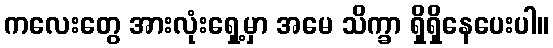
ကလေးတွေ အားလုံးရှေ့မှာ အမေ သိက္ခာ ရှိရှိနေပေးပါ။